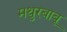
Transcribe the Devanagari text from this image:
मथुरबाबू